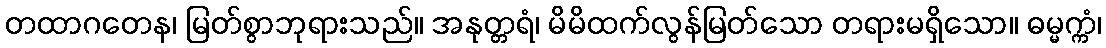
တထာဂတေန၊ မြတ်စွာဘုရားသည်။ အနုတ္တရံ၊ မိမိထက်လွန်မြတ်သော တရားမရှိသော။ ဓမ္မက္ကံ၊